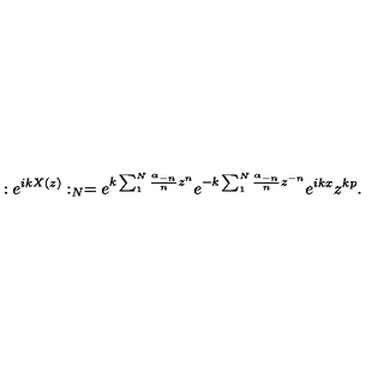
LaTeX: : e ^ { i k X ( z ) } : _ { N } = e ^ { k \sum _ { 1 } ^ { N } \frac { \alpha _ { - n } } { n } z ^ { n } } e ^ { - k \sum _ { 1 } ^ { N } \frac { \alpha _ { - n } } { n } z ^ { - n } } e ^ { i k x } z ^ { k p } .